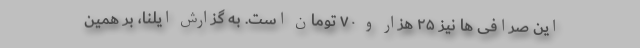
این صرافی ها نیز ۲۵ هزار و ۷۰ تومان است. به گزارش ایلنا، بر همین‌